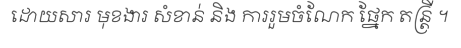
ដោយសារ មុខងារ សំខាន់ និង ការរួមចំណែក ផ្នែក តន្ត្រី ។